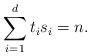
LaTeX: \begin{align*}\sum_{i=1}^d t_is_i = n.\end{align*}